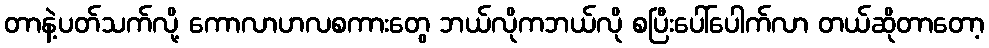
တာနဲ့ပတ်သက်လို့ ကောလာဟလစကားတွေ ဘယ်လိုကဘယ်လို စပြီးပေါ်ပေါက်လာ တယ်ဆိုတာတော့